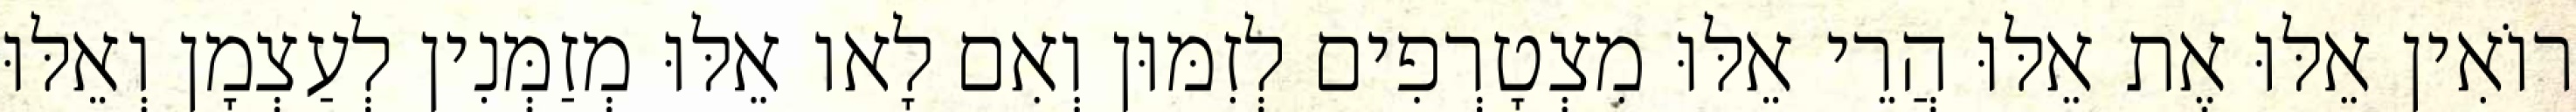
רוֹאִין אֵלּוּ אֶת אֵלּוּ הֲרֵי אֵלּוּ מִצְטָרְפִים לְזִמּוּן וְאִם לָאו אֵלּוּ מְזַמְּנִין לְעַצְמָן וְאֵלּוּ